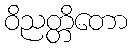
ဝိညတ္တိတော